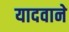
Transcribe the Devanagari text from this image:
यादवाने